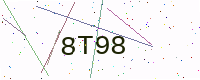
Text: 8T98